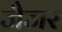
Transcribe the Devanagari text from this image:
जैजर